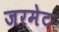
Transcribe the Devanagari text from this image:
जरमेट